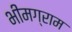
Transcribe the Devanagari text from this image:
भीमग्राम